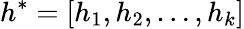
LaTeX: h^{\ast}=\left[h_{1},h_{2},\ldots,h_{k}\right]